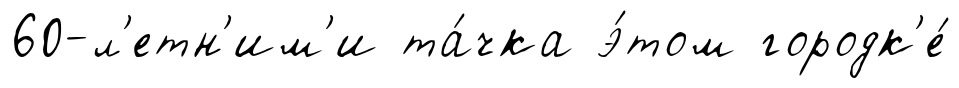
60-л'етн'им'и та́чка э́том городк'е́